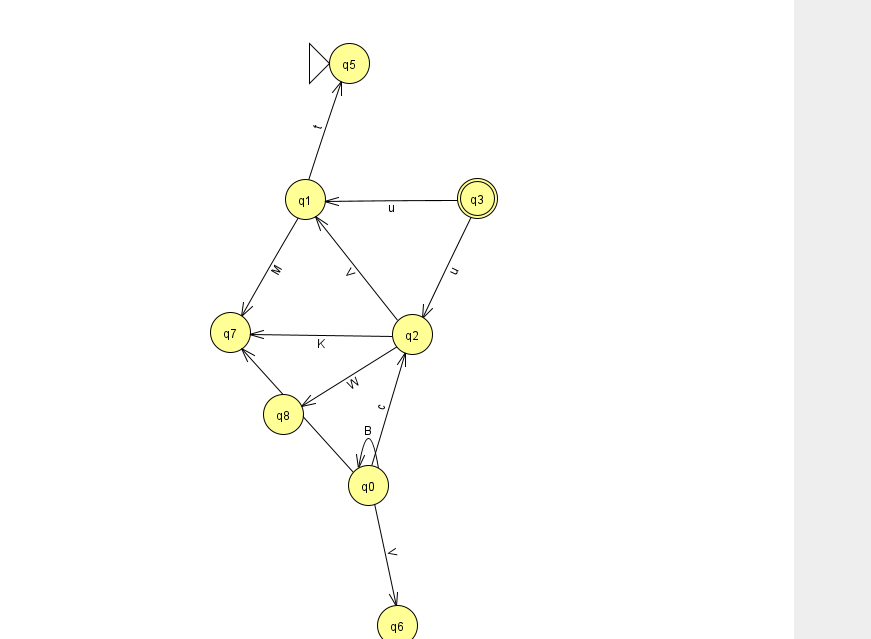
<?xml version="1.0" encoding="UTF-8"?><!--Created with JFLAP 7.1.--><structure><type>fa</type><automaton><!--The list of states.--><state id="0" name="q0"><x>368.0</x><y>472.0</y></state><state id="1" name="q1"><x>305.0</x><y>186.0</y></state><state id="2" name="q2"><x>412.0</x><y>321.0</y></state><state id="3" name="q3"><x>477.0</x><y>185.0</y><final/></state><state id="5" name="q5"><x>349.0</x><y>50.0</y><initial/></state><state id="6" name="q6"><x>397.0</x><y>612.0</y></state><state id="7" name="q7"><x>230.0</x><y>319.0</y></state><state id="8" name="q8"><x>283.0</x><y>401.0</y></state><!--The list of transitions.--><transition><from>2</from><to>1</to><read>V</read></transition><transition><from>0</from><to>0</to><read>B</read></transition><transition><from>0</from><to>2</to><read>c</read></transition><transition><from>1</from><to>7</to><read>M</read></transition><transition><from>2</from><to>7</to><read>K</read></transition><transition><from>2</from><to>8</to><read>W</read></transition><transition><from>1</from><to>5</to><read>t</read></transition><transition><from>3</from><to>1</to><read>u</read></transition><transition><from>3</from><to>2</to><read>u</read></transition><transition><from>0</from><to>6</to><read>V</read></transition><transition><from>0</from><to>7</to><read>D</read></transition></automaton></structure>